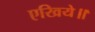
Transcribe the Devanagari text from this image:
एखिये॥